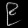
Digit: ၉